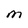
Character: m